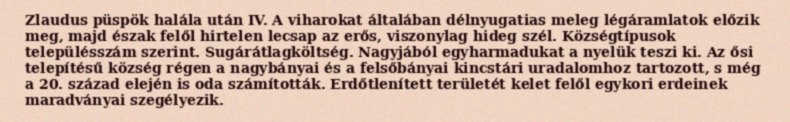
Zlaudus püspök halála után IV. A viharokat általában délnyugatias meleg légáramlatok előzik meg, majd észak felől hirtelen lecsap az erős, viszonylag hideg szél. Községtípusok településszám szerint. Sugárátlagköltség. Nagyjából egyharmadukat a nyelük teszi ki. Az ősi telepítésű község régen a nagybányai és a felsőbányai kincstári uradalomhoz tartozott, s még a 20. század elején is oda számították. Erdőtlenített területét kelet felől egykori erdeinek maradványai szegélyezik.